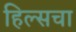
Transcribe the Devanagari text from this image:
हिल्सचा